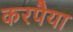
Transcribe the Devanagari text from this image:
करपैया